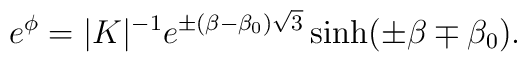
e^{\phi}=\vert K\vert^{-1}e^{\pm(\beta-\beta_0)\sqrt{3}}   \sinh(\pm\beta\mp\beta_0).